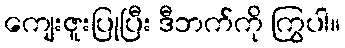
ကျေးဇူးပြုပြီး ဒီဘက်ကို ကြွပါ။